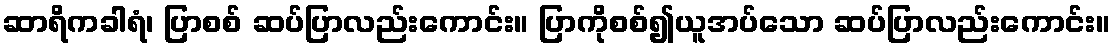
ဆာရိကခါရံ၊ ပြာစစ် ဆပ်ပြာလည်းကောင်း။ ပြာကိုစစ်၍ယူအပ်သော ဆပ်ပြာလည်းကောင်း။